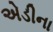
એડીના